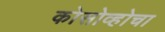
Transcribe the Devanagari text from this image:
कोसोव्होचा